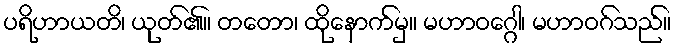
ပရိဟာယတိ၊ ယုတ်၏။ တတော၊ ထိုနောက်မှ။ မဟာဝဂ္ဂေါ၊ မဟာဝဂ်သည်။